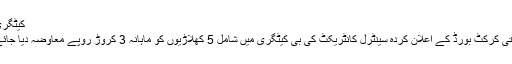
B کیٹگری
بھارتی کرکٹ بورڈ کے اعلان کردہ سینٹرل کانٹریکٹ کی بی کیٹگری میں شامل 5 کھلاڑیوں کو ماہانہ 3 کروڑ روپے معاوضہ دیا جائےگا۔